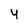
Character: 4